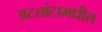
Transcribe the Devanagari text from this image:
अटलांटामधील